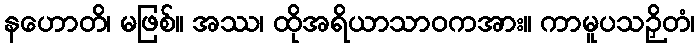
နဟောတိ၊ မဖြစ်။ အဿ၊ ထိုအရိယာသာဝကအား။ ကာမူပသဉှိတံ၊